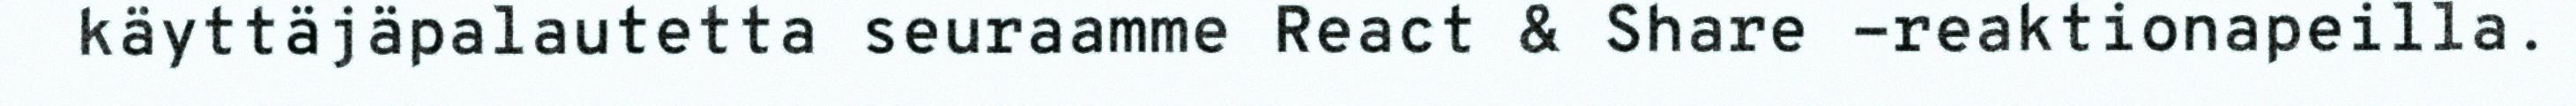
käyttäjäpalautetta seuraamme React & Share -reaktionapeilla.